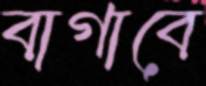
বাগাবে